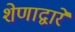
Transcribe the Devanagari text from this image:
शेणाद्वारे